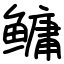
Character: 鳙